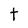
Character: t